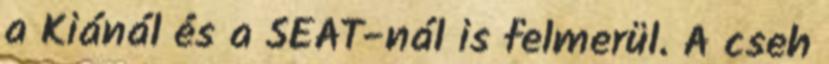
a Kiánál és a SEAT-nál is felmerül. A cseh